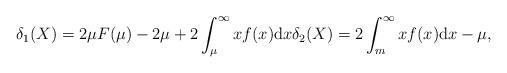
LaTeX: \begin{gather*}\delta_1(X)=2\mu F(\mu) - 2\mu + 2\int_{\mu}^{\infty}x f(x)\mathrm{d}x\delta_2(X)=2\int_{m}^{\infty}x f(x) \mathrm{d}x - \mu,\end{gather*}